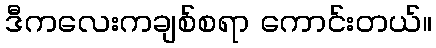
ဒီကလေးကချစ်စရာ ကောင်းတယ်။